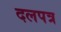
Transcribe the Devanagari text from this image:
दलपत्र